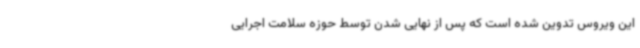
این ویروس تدوین شده است که پس از نهایی شدن توسط حوزه سلامت اجرایی